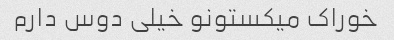
خوراک میکستونو خیلی دوس دارم